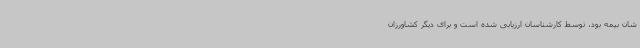
شان بیمه بود، توسط کارشناسان ارزیابی شده است و برای دیگر کشاورزان